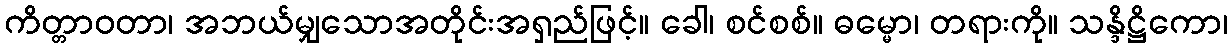
ကိတ္တာဝတာ၊ အဘယ်မျှသောအတိုင်းအရှည်ဖြင့်။ ခေါ၊ စင်စစ်။ ဓမ္မော၊ တရားကို။ သန္ဒိဋ္ဌိကော၊